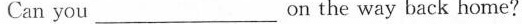
Can you ___ on the way back home?